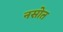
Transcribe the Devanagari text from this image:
नसोत